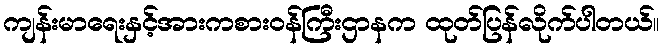
ကျန်းမာရေးနှင့်အားကစားဝန်ကြီးဌာနက ထုတ်ပြန်လိုက်ပါတယ်။